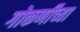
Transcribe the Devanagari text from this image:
गोकर्णीच्या